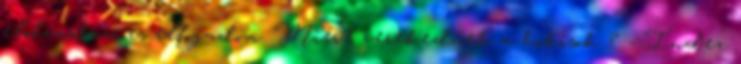
elolvastam és elfogadom. Miért verekednek a hokisok ? - Index